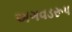
અગવડરૂપ